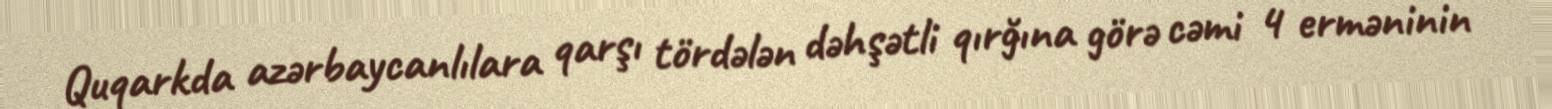
Quqarkda azərbaycanlılara qarşı tördələn dəhşətli qırğına görə cəmi 4 erməninin